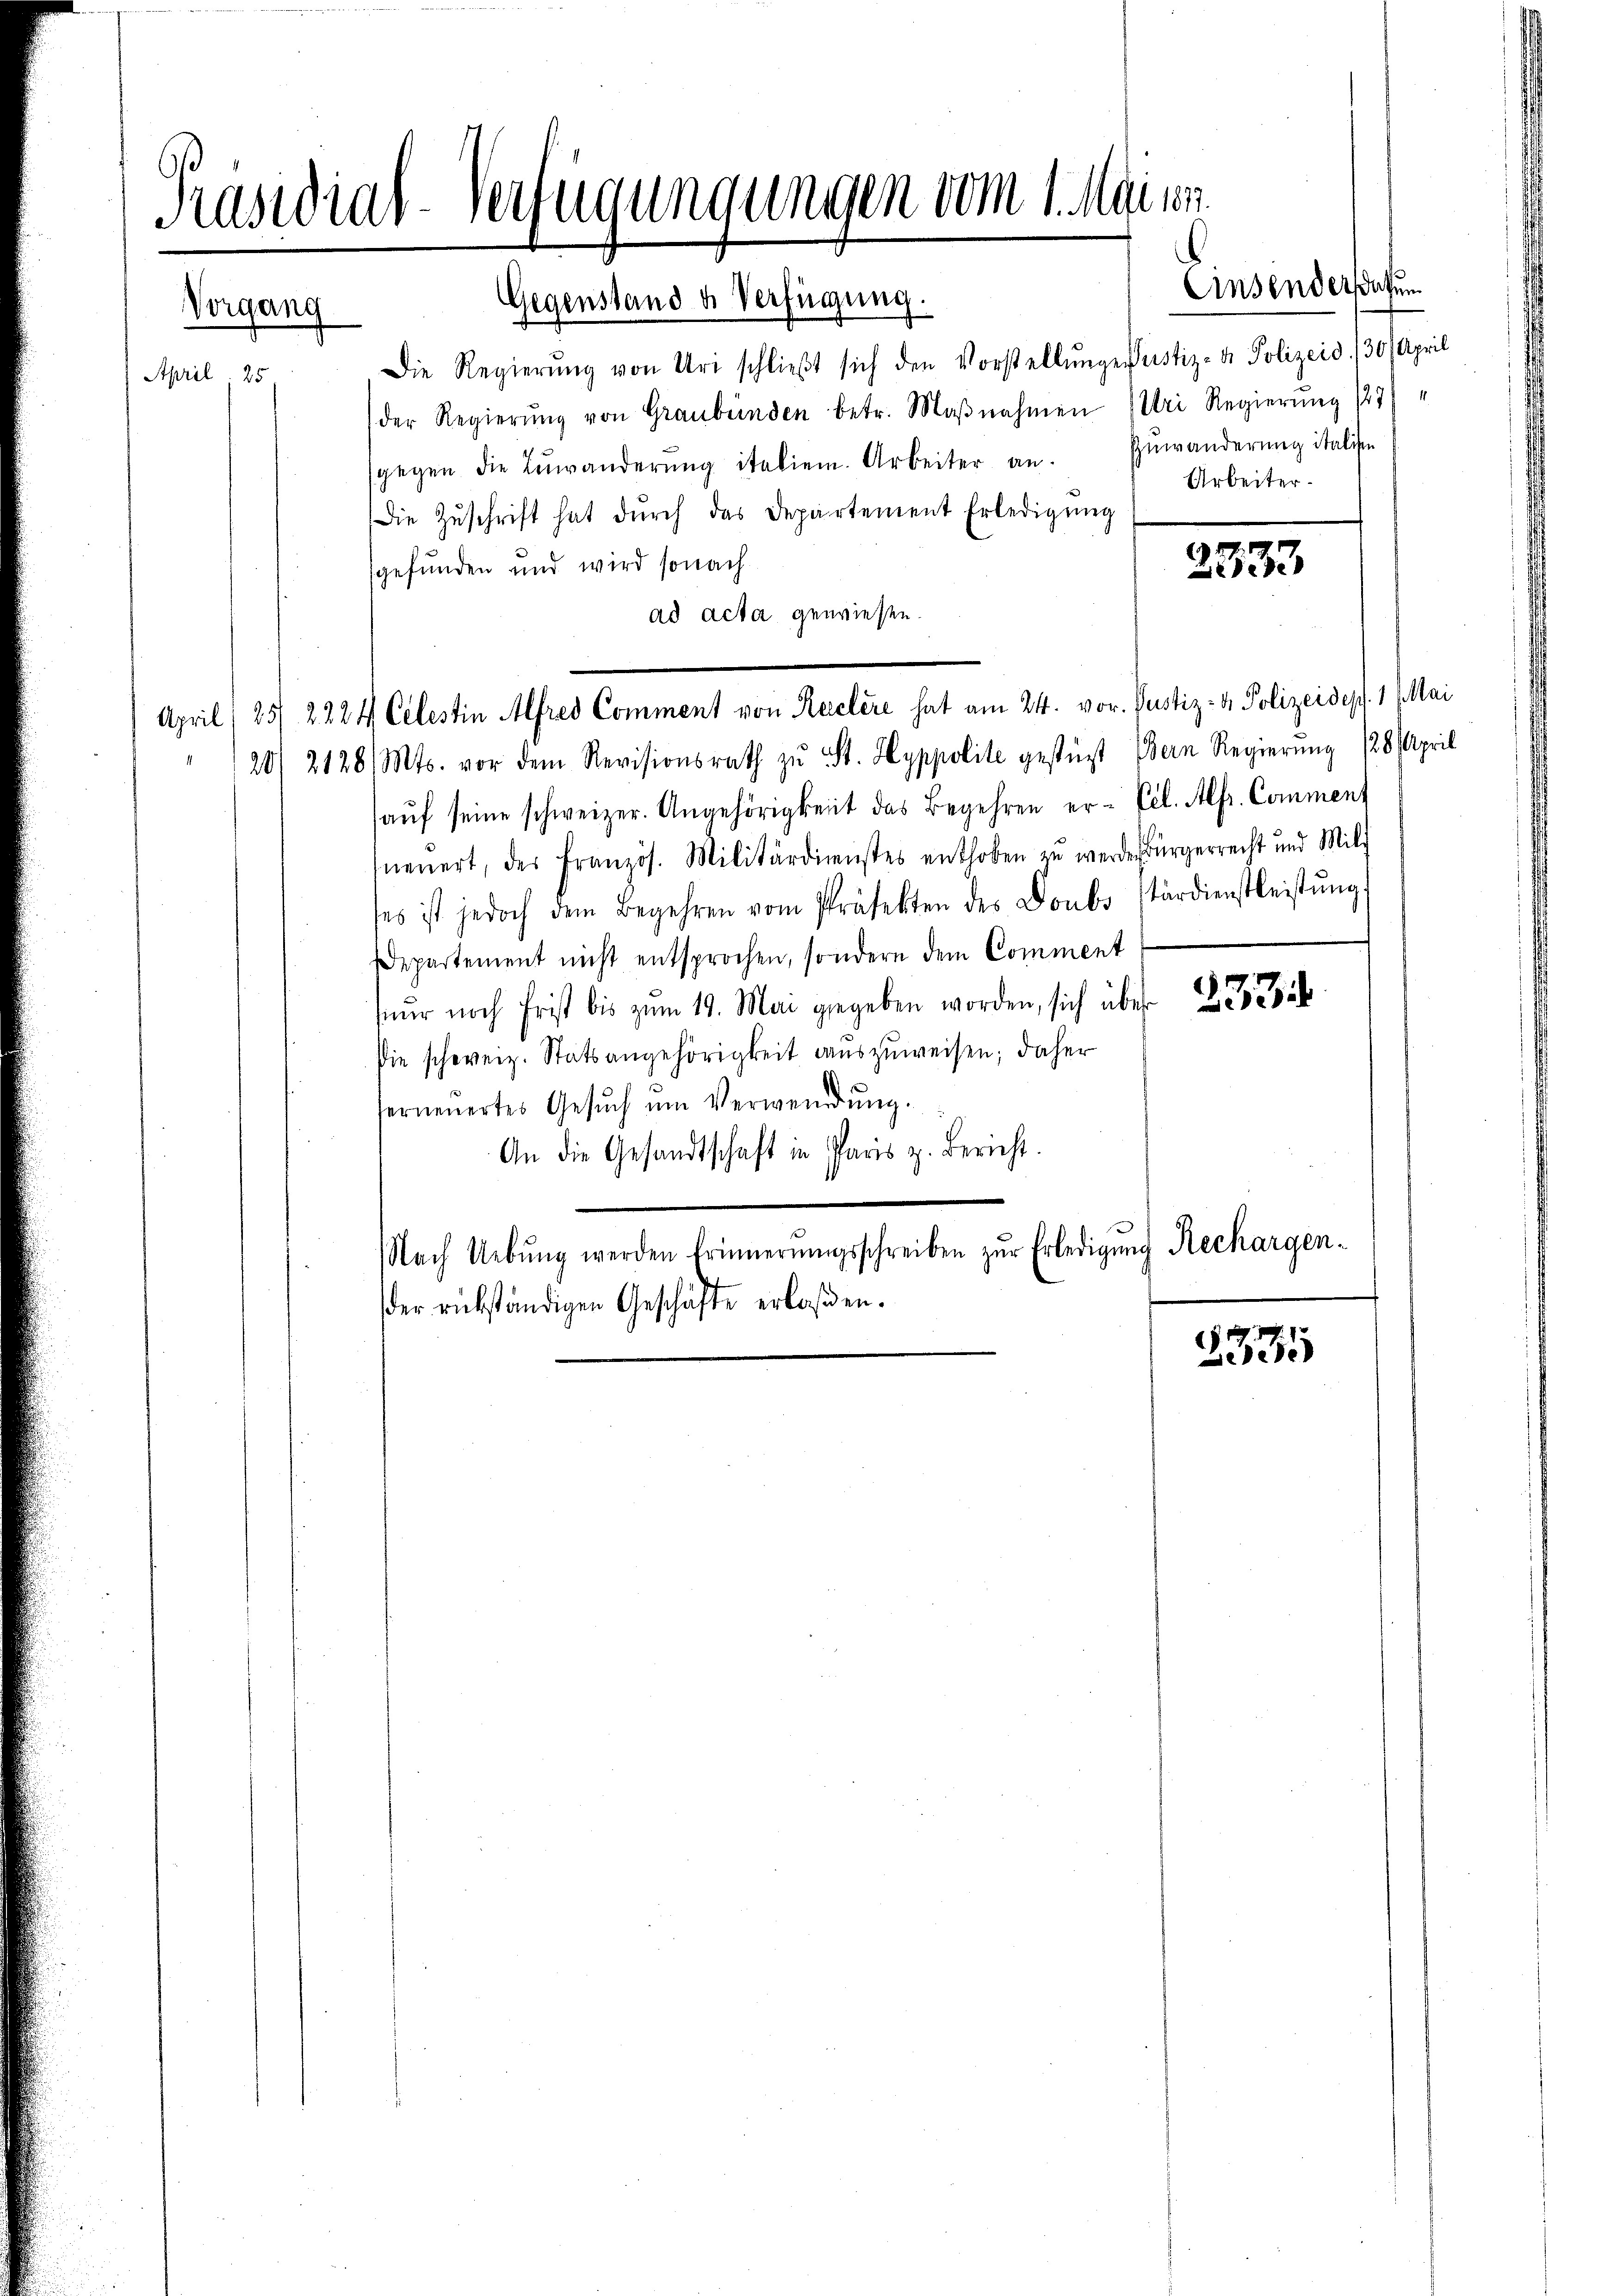
Vorgang
 April, 25

Präsidial-Verfügungungen vom 1. Mai ei

Gegenstand u. Verfügung.
Die Regierŭng von Uri schlieβt sich den Vorstellŭngen Justiz- & Polizeid, (30/ April
der Regierŭng von Graubünden betr. Maβnahmen Uri Regierung 127)
sgegen die Zŭwänderŭng italien. Arbeiter an. Zŭwänderŭng italiste
Die Zŭschrift hat dŭrch das Departement Erledigŭng
gefunden und wird sonach
ad acta gewiesen.
20/ 2128/ Mts. vor dem Revisionsrath zŭ St. Hyppolite gestüzt (Bern Regierŭng 128 April
aŭf seine schweizer. Angehörigkeit das Begehren er- Eil. Alfr. Comment
neŭert, der Französ. Militärdienstes enthoben zŭ werden Bürgerrecht und Mili
ses ist jedoch dem Begehren vom Präfekten des Doubs stärdienstleistŭng
Departement nicht entsprochen, sondern dem Comment
nur noch Frist bis zum 19. Mai gegeben worden, sich über 22
Die schweiz. Statsangehörigkeit auszuweisen; daher
ferneŭertes Gesŭch ŭm Verwendŭng.
An die Gesandtschaft in Paris z. Bericht.
NNach Uebŭng werden Erinnerungsschreiben zŭr Erledigung Rechargen-
der rükständigen Geschäfte erlaßen.
2335

April (25/ 2224 Celestin Alfred Comment von Reclere hat am 24. vor. Justiz- & Polizeidepf. 1 Mai

2733

Einsendersehun

Arbeiter.